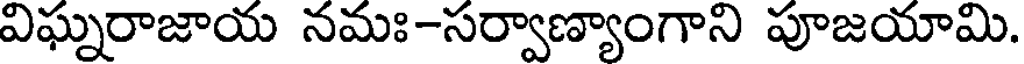
విఘ్నరాజాయ నమః-సర్వాణ్యాంగాని పూజయామి.